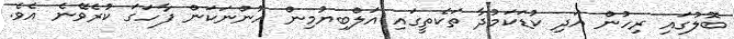
ބޮލުގައި ރިހުން އަދި ކުޑަކަމުދާ ތަކެތީގައި އަލްބިޔުމިން ހުންނަކަން ފާހަގަ ކުރެވޭނެ އެވެ.